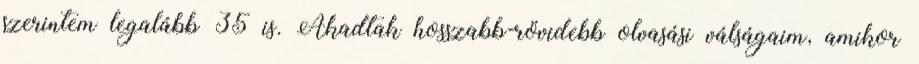
szerintem legalább 35 is. Akadtak hosszabb-rövidebb olvasási válságaim, amikor